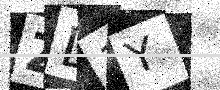
Text: ZD1Y